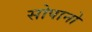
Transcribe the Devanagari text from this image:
सोपानो